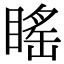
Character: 䁘